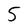
Character: 5